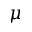
\mu